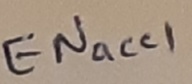
Text: ENacc1